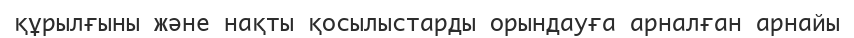
құрылғыны және нақты қосылыстарды орындауға арналған арнайы